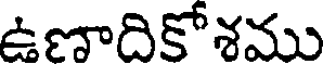
ఉణాదికోశము